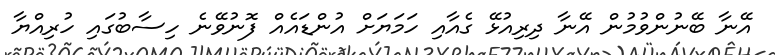
އޭނާ ބޭނުންވުމުން އޭނާ ދިރިއުޅޭ ގެއާއި ހަމަޔަށް އުންޑައެއް ފޮނުވޭނެ ހިސާބުގައި ހުރިއްޔާ